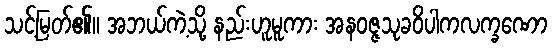
သင့်မြတ်၏။ အဘယ်ကဲ့သို့ နည်းဟူမူကား အနဝဇ္ဇသုခဝိပါကလက္ခဏော